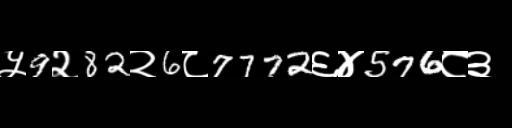
Text: ५9२82२6८7772६४576८३